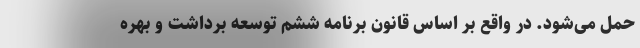
حمل می‌شود. در واقع بر اساس قانون برنامه ششم توسعه برداشت و بهره‌